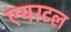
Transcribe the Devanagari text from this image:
एयरटल